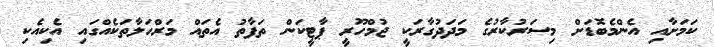
ކަމަށާއި އެންމެބޮޑަށް މިސަރުކާރުގެ މަދަދުގާރަކީ ޖުމްހޫރީ ޕާޓީކަން ތަފާތު އެތައް މަރްހަލާތަކެއްގައި އެކިއެކި